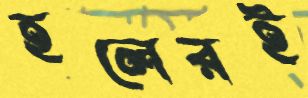
হলেরই